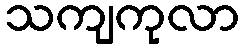
သကျကုလာ